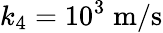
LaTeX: k_{4}=10^{3}\; \mathrm{m}/\mathrm{s}